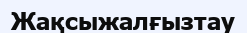
Жақсыжалғызтау